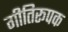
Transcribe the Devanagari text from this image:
गीतिरूपक